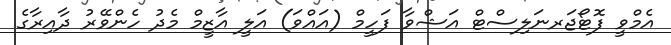
އެމްވީ ފޮޓޯޖަރނަލިސްޓް އަޝްވާ ފަހީމް (އައްވަ) އަލީ އާޒީމްް މެދު ހެންވޭރު ދާއިރާގެ